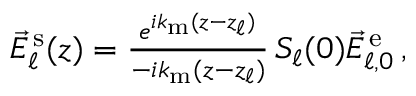
\begin{array} { r } { \vec { E } _ { \ell } ^ { \mathrm { \, s } } ( z ) = \frac { e ^ { i k _ { \mathrm { m } } ( z - z _ { \ell } ) } } { - i k _ { \mathrm { m } } ( z - z _ { \ell } ) } \, S _ { \ell } ( 0 ) \vec { E } _ { \ell , 0 } ^ { \mathrm { \, e } } \, \! \! \, \! \, \, \! \, \, \! \! \, \! \, \, \! \! \, \! \! \, \! \, \, \! \! \, \! \! \, \! \, \, \! \, \, \! \! \, \! \, \, \! \! \, \! \! \, \! \, \, \! \, \, \! \! \, \! \, \, \! \, \, \! \! \, \! \, \, \! \! \, \! \! \, \! \, \, \! \, \, \! \! \, \! \, \, \! \, \, \! \! , } \end{array}